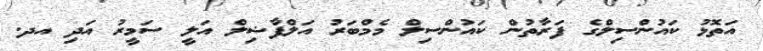
އަތޮޅު ކައުންސިލްގެ ފަރާތުން ކައުންސިލް މެމްބަރު އަލްފާޟިލް އަލީ ސަމީރު އަދި އދ.